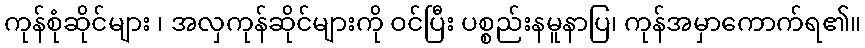
ကုန်စုံဆိုင်များ ၊ အလှကုန်ဆိုင်များကို ဝင်ပြီး ပစ္စည်းနမူနာပြ၊ ကုန်အမှာကောက်ရ၏။